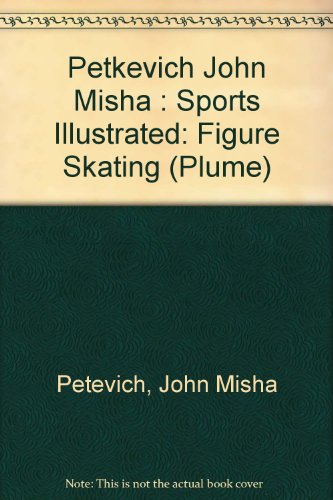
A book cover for Figure Skating: Championship Techniques (Sports Illustrated Winner's Circle Books); John Misha Petkevich; Sports & Outdoors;